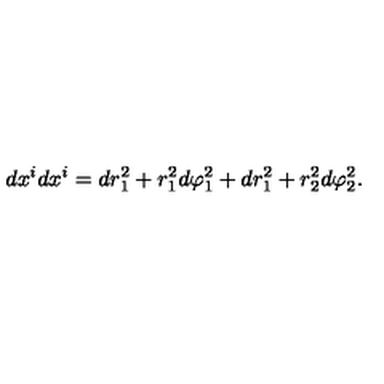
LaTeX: d x ^ { i } d x ^ { i } = d r _ { 1 } ^ { 2 } + r _ { 1 } ^ { 2 } d \varphi _ { 1 } ^ { 2 } + d r _ { 1 } ^ { 2 } + r _ { 2 } ^ { 2 } d \varphi _ { 2 } ^ { 2 } .